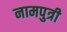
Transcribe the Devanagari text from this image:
नामपुत्री